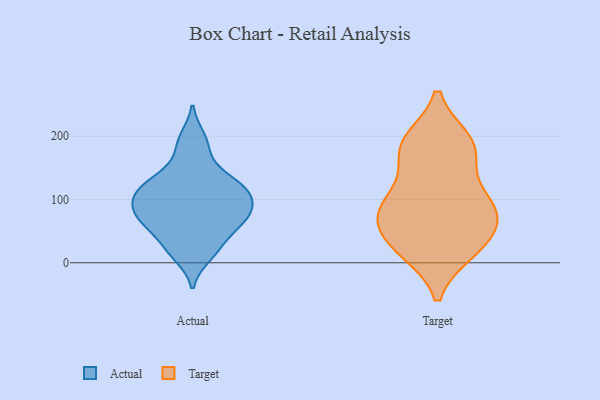
{"axis": {"x": "Satisfaction Score", "y": "Value"}, "legend": ["Actual", "Target"], "data": [{"x": "", "y": 22, "type": "Actual"}, {"x": "", "y": 197, "type": "Actual"}, {"x": "", "y": 124, "type": "Actual"}, {"x": "", "y": 56, "type": "Actual"}, {"x": "", "y": 11, "type": "Actual"}, {"x": "", "y": 107, "type": "Actual"}, {"x": "", "y": 131, "type": "Actual"}, {"x": "", "y": 61, "type": "Actual"}, {"x": "", "y": 27, "type": "Actual"}, {"x": "", "y": 74, "type": "Actual"}, {"x": "", "y": 183, "type": "Actual"}, {"x": "", "y": 146, "type": "Actual"}, {"x": "", "y": 68, "type": "Actual"}, {"x": "", "y": 110, "type": "Actual"}, {"x": "", "y": 77, "type": "Actual"}, {"x": "", "y": 80, "type": "Actual"}, {"x": "", "y": 91, "type": "Actual"}, {"x": "", "y": 113, "type": "Actual"}, {"x": "", "y": 111, "type": "Actual"}, {"x": "", "y": 24, "type": "Target"}, {"x": "", "y": 86, "type": "Target"}, {"x": "", "y": 60, "type": "Target"}, {"x": "", "y": 114, "type": "Target"}, {"x": "", "y": 35, "type": "Target"}, {"x": "", "y": 159, "type": "Target"}, {"x": "", "y": 18, "type": "Target"}, {"x": "", "y": 20, "type": "Target"}, {"x": "", "y": 193, "type": "Target"}, {"x": "", "y": 83, "type": "Target"}, {"x": "", "y": 193, "type": "Target"}, {"x": "", "y": 75, "type": "Target"}, {"x": "", "y": 77, "type": "Target"}, {"x": "", "y": 189, "type": "Target"}, {"x": "", "y": 95, "type": "Target"}, {"x": "", "y": 174, "type": "Target"}]}